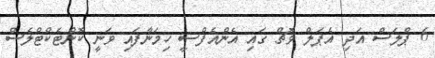
6 ޕްލަސް އަދި އެޕަލް ވޮޗް ގައި އެންއެފްސީ ހިމަނާފައި ވަނީ ކޮންޓެކްޓްލެސް